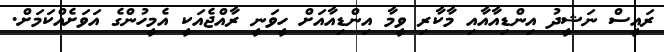
ރައީސް ނަޝީދު އިންޑިއާއާއި މާކާރި ވީމާ އިންޑިއާއަށް ހީވަނީ ރާއްޖެއަކީ އެމީހުންގެ އަވަށެއްކަމަށް.